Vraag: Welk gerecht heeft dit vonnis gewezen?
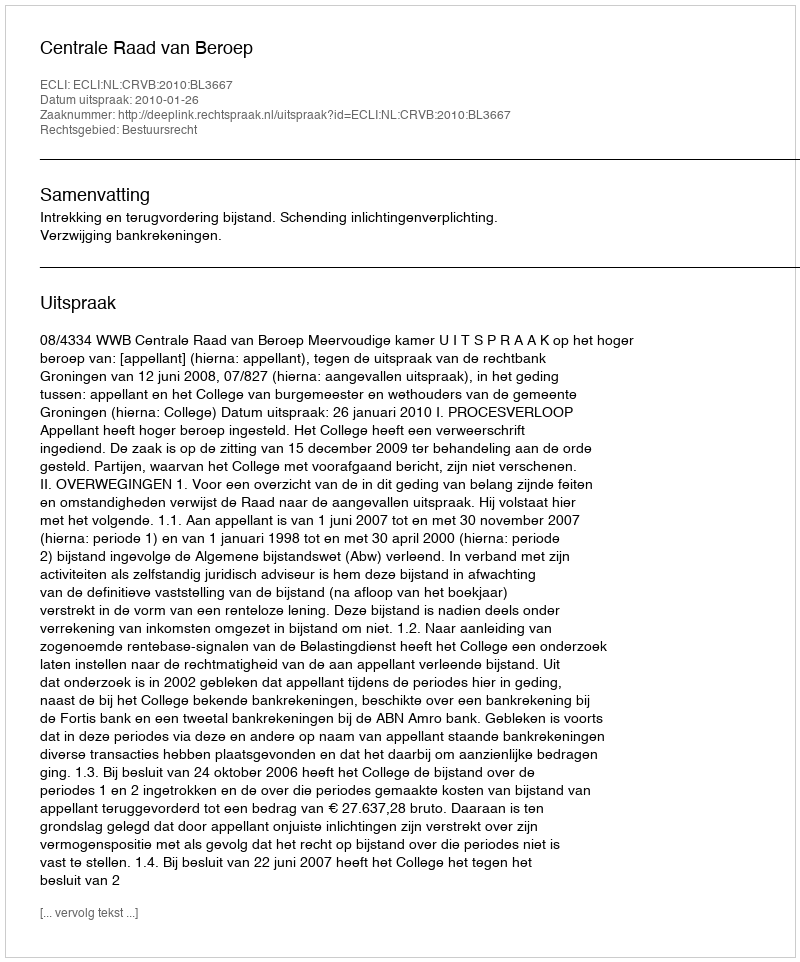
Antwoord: Centrale Raad van Beroep